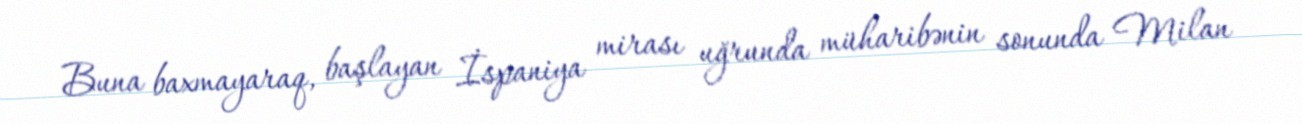
Buna baxmayaraq, başlayan İspaniya mirası uğrunda müharibənin sonunda Milan